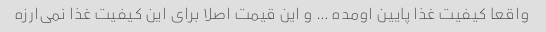
واقعا کیفیت غذا پایین اومده … و این قیمت اصلا برای این کیفیت غذا نمی‌ارزه